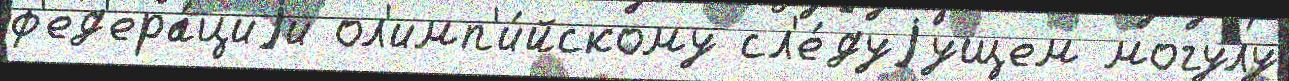
ф'ед'ера́циjи ол'имп'и́йскому сл'е́дуjущем могулу